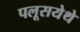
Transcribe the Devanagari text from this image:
पलूसयेथे